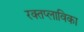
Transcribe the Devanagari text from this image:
रक्तप्लाविका